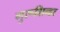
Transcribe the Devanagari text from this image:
गुरूशिन्हा